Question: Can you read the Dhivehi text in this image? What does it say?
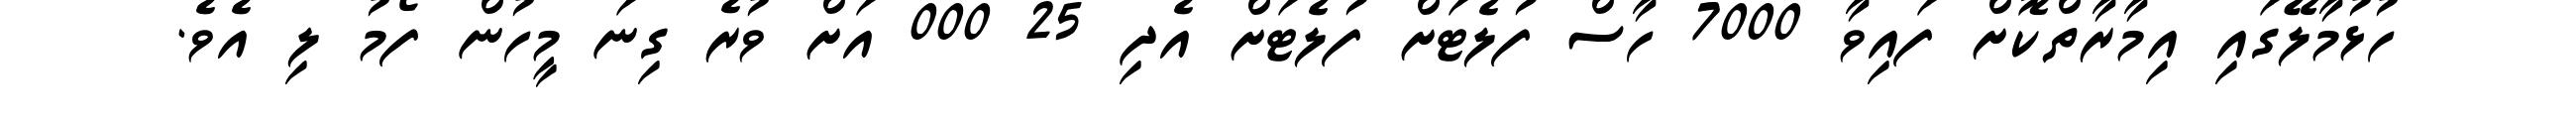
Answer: ހުޅުމާލޭގައި އިމާރާތްކޮށް ފައިވާ 7000 ހާސް ފުލެޓަށް ފުލެޓަށް އެދި 25 000 އަށް ވުރެ ގިނަ މީހުން ފޯމު ލި އެވެ.